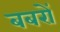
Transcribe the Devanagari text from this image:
बबरों